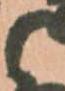
と